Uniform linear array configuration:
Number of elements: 64
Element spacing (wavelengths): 0.75
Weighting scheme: hann
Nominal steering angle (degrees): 60
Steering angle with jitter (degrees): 58.531
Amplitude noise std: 0.05
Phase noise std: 0.05

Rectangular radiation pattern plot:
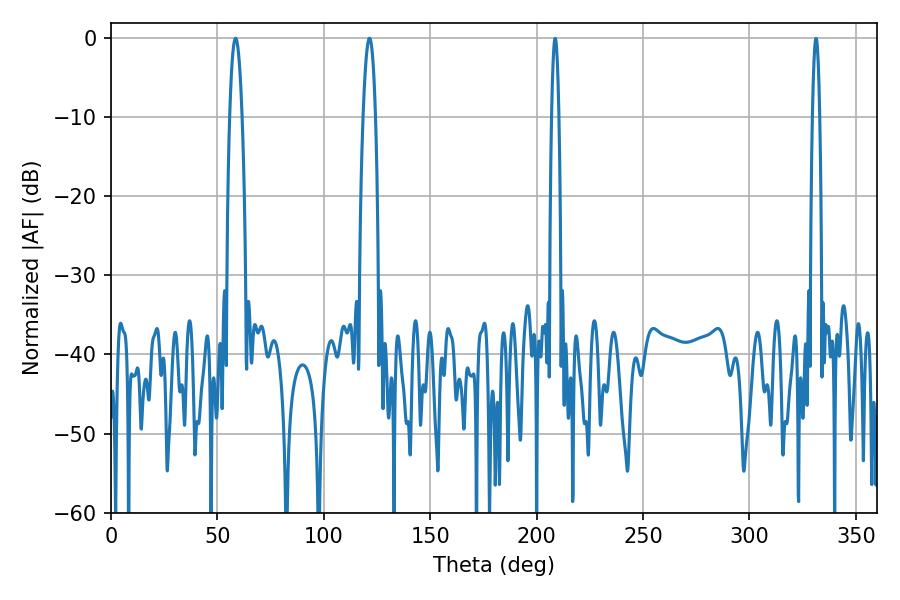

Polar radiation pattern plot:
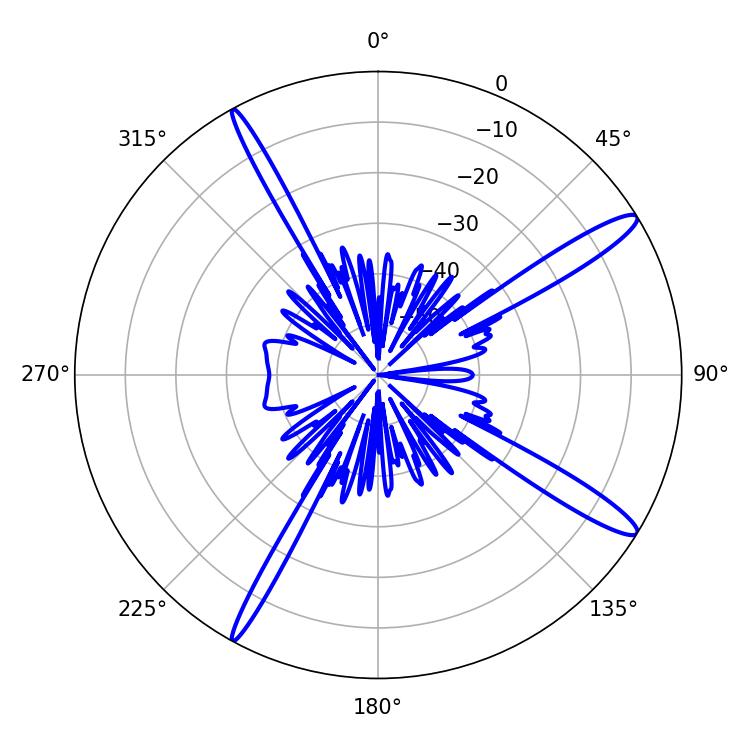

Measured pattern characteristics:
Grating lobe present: TRUE
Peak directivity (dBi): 14.6
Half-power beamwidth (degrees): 3.06
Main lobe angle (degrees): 121.5